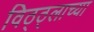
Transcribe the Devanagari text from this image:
विठ्ठ्लाच्या